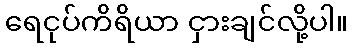
ရေငုပ်ကိရိယာ ငှားချင်လို့ပါ။